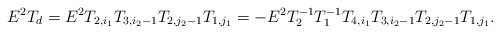
\begin{align*} E^2T_d=E^2T_{2,i_1}T_{3,i_2-1}T_{2,j_2-1}T_{1,j_1}=-E^2T_2^{-1}T_1^{-1}T_{4,i_1}T_{3,i_2-1}T_{2,j_2-1}T_{1,j_1}.\end{align*}